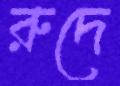
রুদে